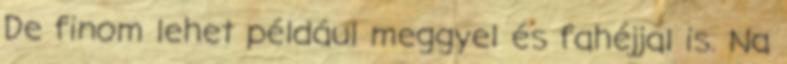
De finom lehet például meggyel és fahéjjal is. Na